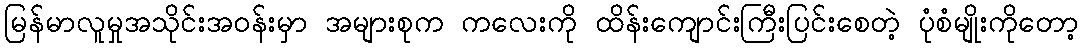
မြန်မာလူမှုအသိုင်းအဝန်းမှာ အများစုက ကလေးကို ထိန်းကျောင်းကြီးပြင်းစေတဲ့ ပုံစံမျိုးကိုတော့